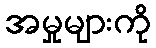
အမှုများကို